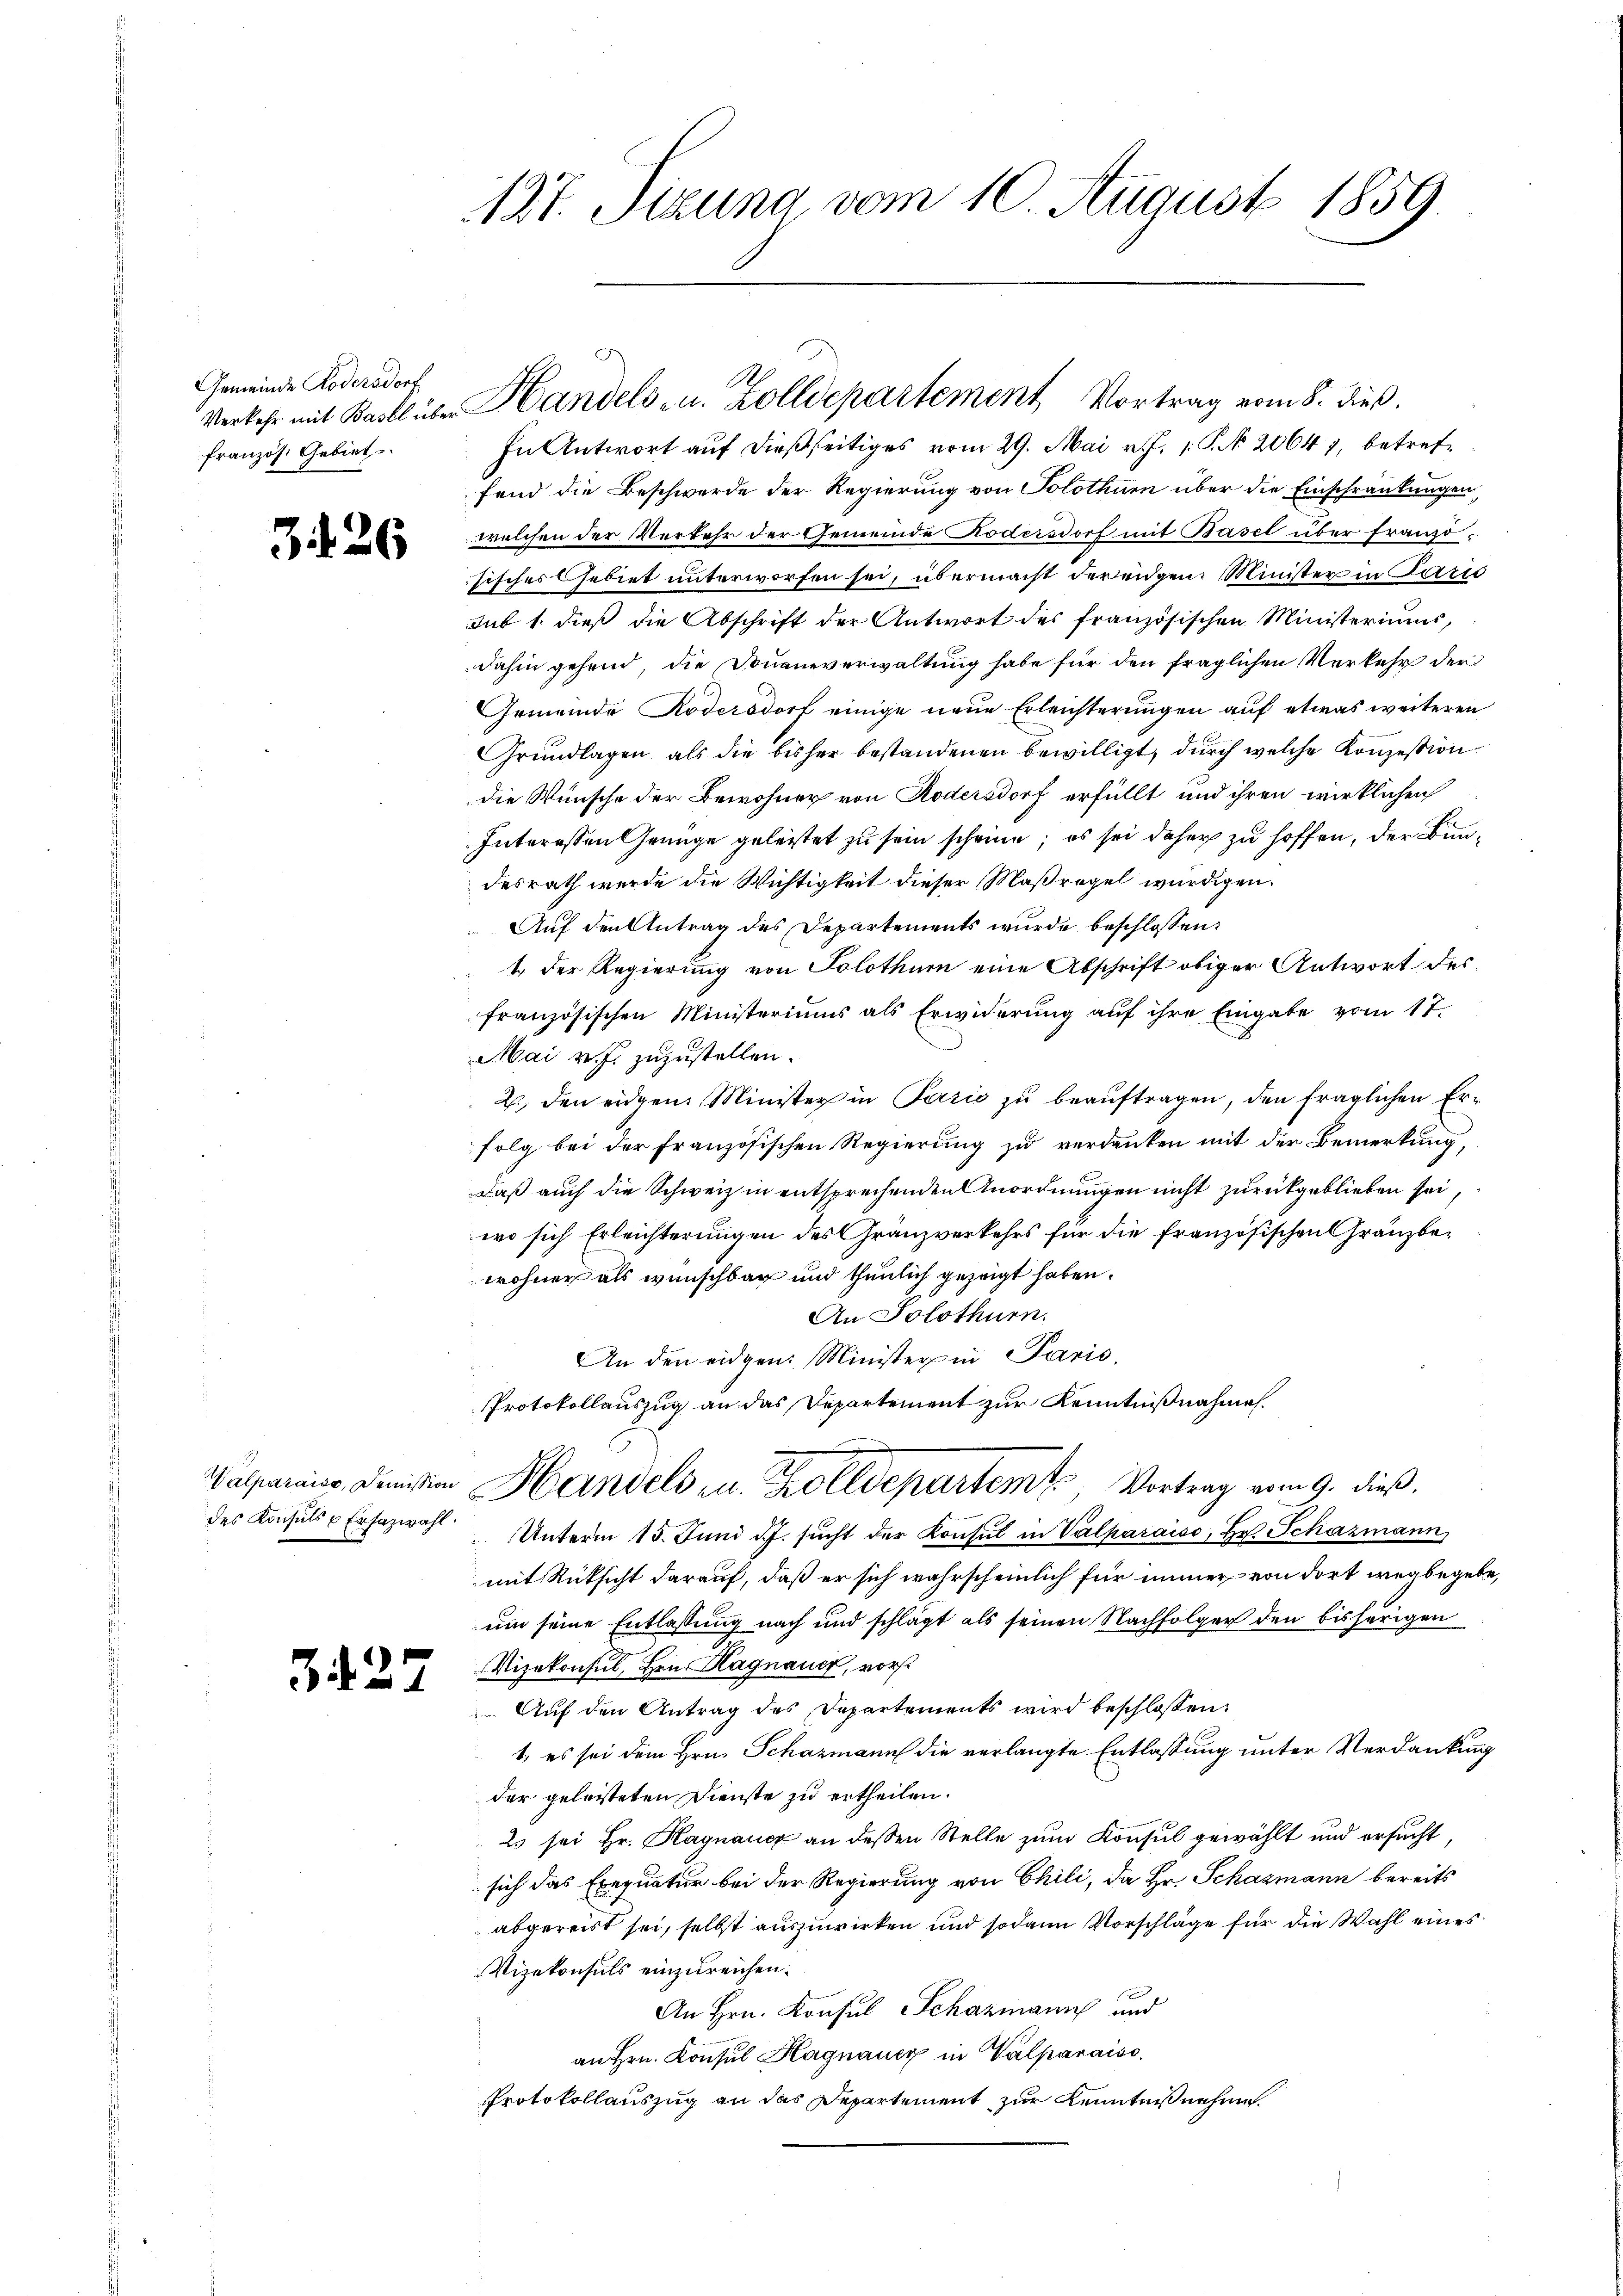
Gemeinde Rodensdorf
Verkehr mit Basel über
französ. Gebiet

3126

Walparaise, Demission

327

127. Sizung vom 10. August 1859.

In Antwort auf dießseitiges vom 29. Mai v. J. 1. P. N. 20641, betreffend die Beschwerde der Regierung von Solothurn über die Einschränkungen
welchen der Verkehr der Gemeinde Kodersdorf mit Basel über französisches Gebiet unterworfen sei, übermacht der eidgen. Minister in Paris
sub 1. dieß die Abschrift der Antwort des französischen Ministeriums,
dahin gehend, die Douaneverwaltung habe für den fraglichen Verkehr der
Gemeinde Rodersdorf einige neue Erleichterungen auf etwas weiteren
Grundlagen als die bisher bestandenen bewilligt, durch welche Konzession
die Wünsche der Bewohner von Rodersdorf erfüllt und ihren wirklichen
Interessen Genüge geleistet zu sein scheine; es sei daher zu hoffen, der Bundesrath wurde die Wichtigkeit dieser Maßregel würdigen.
Auf den Antrag des Departements wurde beschlossen:
1. Der Regierung von Solothur eine Abschrift obiger Antwort des
französischen Ministeriums als Erwiderung auf ihre Eingabe vom 17.
Mai v. J. zuzustellen.
2. den eidgen. Minister in Pazić zu beauftragen, den fraglichen Erfolg bei der französischen Regierung zu verdanken mit der Bemerkung,
daß auch die Schweiz in entsprechenden Anordnungen nicht zurückgeblieben sei,
wo sich Erleichterungen des Gränzverkehrs für die Französischen Gränzbewohner als wünschbar und thunlich gezeigt haben.
An Solothurn.
An den eidgen. Minister in Paris,
Protokollauszug an das Departement zur Kenntnißnahmen.
Handels in Zolldepartemt, Vortrag vom 9. dieß,
des Konsuls u Ersazwahl. Unterm 15. Juni d.J. sŭcht der Konsul in Valparaiso, Hr. Schazmann
mit Rüksicht darauf, daß er sich wahrscheinlich für immer von dort wegbegebum seine Entlassung nach und schlägt als seinen Nachfolger den bisherigen
Vizekonsul, Hrn. Hagnauer, vor
Auf den Antrag des Departements wird beschlossen:
1, es sei dem Hrn. Schazmann die verlangte Entlassung unter Verdankung
der geleisteten Dienste zu ertheilen.
2 sei Hr. Kagnaux an dessen Stelle zum Konsul gewählt und ersucht,
sich das Exequatur bei der Regierung von Chili, da Hr. Schazmann bereits
abgereist sei, selbst auszuwirken und sodann Vorschläge für die Wahl eines
Vizekonsuls einzureichen.
An Hrn. Konsul Schazmann und
an Hrn. Konsul Hagnauer in Valparaiso
Protokollauszug an das Departement zur Kenntniß nehme.

Handels- u. Zolldepartement Vortrag vom 8. dieß.